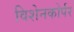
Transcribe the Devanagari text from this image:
विशेनकोर्पर